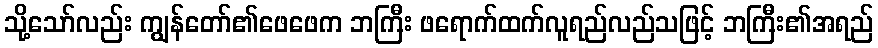
သို့သော်လည်း ကျွန်တော်၏ဖေဖေက ဘကြီး ဖရောက်ထက်လူရည်လည်သဖြင့် ဘကြီး၏အရည်